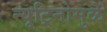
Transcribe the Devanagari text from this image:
न्यूट्रिनोमुळे